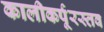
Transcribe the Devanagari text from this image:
कालीकर्पूरस्तव